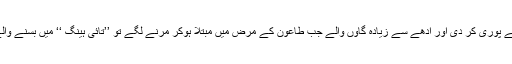
رہی سہی کسر مہلک وبا طاعون کی آمد نے پوری کر دی اور آدھے سے زیادہ گاؤں والے جب طاعون کے مرض میں مبتلا ہوکر مرنے لگے تو ’’تائی ہینگ ‘‘ میں بسنے والے لوگوں کی پوری طرح سے بس ہوگئی ۔